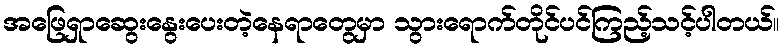
အဖြေရှာဆွေးနွေးပေးတဲ့နေရာတွေမှာ သွားရောက်တိုင်ပင်ကြည့်သင့်ပါတယ်။